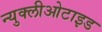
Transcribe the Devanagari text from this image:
न्युक्लीओटाइड